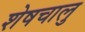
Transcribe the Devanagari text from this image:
शेषचालु